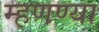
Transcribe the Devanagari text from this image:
म्हणण्या